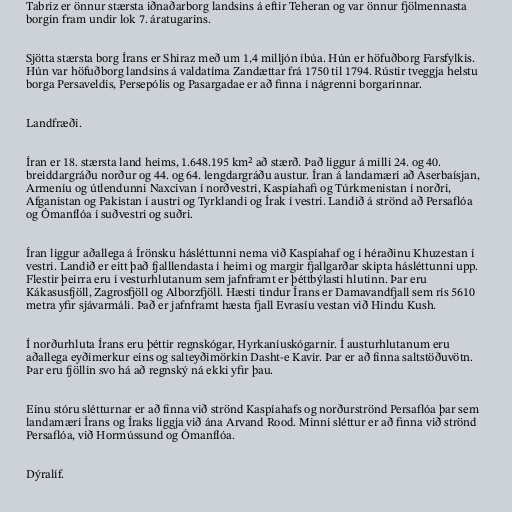
Tabriz er önnur stærsta iðnaðarborg landsins á eftir Teheran og var önnur fjölmennasta
borgin fram undir lok 7. áratugarins.

Sjötta stærsta borg Írans er Shiraz með um 1,4 milljón íbúa. Hún er höfuðborg Farsfylkis.
Hún var höfuðborg landsins á valdatíma Zandættar frá 1750 til 1794. Rústir tveggja helstu
borga Persaveldis, Persepólis og Pasargadae er að finna í nágrenni borgarinnar.

Landfræði.

Íran er 18. stærsta land heims, 1.648.195 km² að stærð. Það liggur á milli 24. og 40.
breiddargráðu norður og 44. og 64. lengdargráðu austur. Íran á landamæri að Aserbaísjan,
Armeníu og útlendunni Naxcivan í norðvestri, Kaspíahafi og Túrkmenistan í norðri,
Afganistan og Pakistan í austri og Tyrklandi og Írak í vestri. Landið á strönd að Persaflóa
og Ómanflóa í suðvestri og suðri.

Íran liggur aðallega á Írönsku hásléttunni nema við Kaspíahaf og í héraðinu Khuzestan í
vestri. Landið er eitt það fjalllendasta í heimi og margir fjallgarðar skipta hásléttunni upp.
Flestir þeirra eru í vesturhlutanum sem jafnframt er þéttbýlasti hlutinn. Þar eru
Kákasusfjöll, Zagrosfjöll og Alborzfjöll. Hæsti tindur Írans er Damavandfjall sem rís 5610
metra yfir sjávarmáli. Það er jafnframt hæsta fjall Evrasíu vestan við Hindu Kush.

Í norðurhluta Írans eru þéttir regnskógar, Hyrkaníuskógarnir. Í austurhlutanum eru
aðallega eyðimerkur eins og salteyðimörkin Dasht-e Kavir. Þar er að finna saltstöðuvötn.
Þar eru fjöllin svo há að regnský ná ekki yfir þau.

Einu stóru slétturnar er að finna við strönd Kaspíahafs og norðurströnd Persaflóa þar sem
landamæri Írans og Íraks liggja við ána Arvand Rood. Minni sléttur er að finna við strönd
Persaflóa, við Hormússund og Ómanflóa.

Dýralíf.